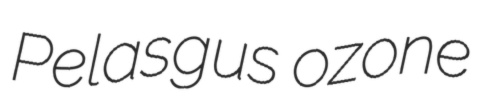
Pelasgus ozone